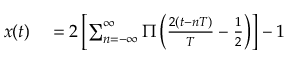
\begin{array} { r l } { x ( t ) } & { { } = 2 \left[ \sum _ { n = - \infty } ^ { \infty } \Pi \left( { \frac { 2 ( t - n T ) } { T } } - { \frac { 1 } { 2 } } \right) \right] - 1 } \end{array}